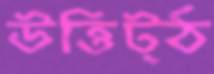
উত্তিট্ঠ